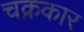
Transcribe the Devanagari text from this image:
चक्रकार